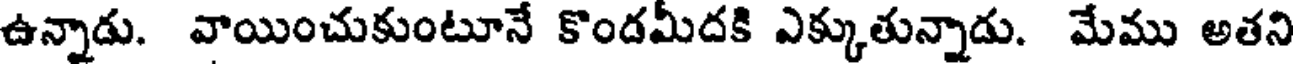
ఉన్నాడు. వాయించుకుంటూనే కొందమీదకి ఎక్కుతున్నాడు. మేము అతని